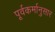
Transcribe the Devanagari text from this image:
पूर्वकर्मानुसार